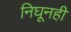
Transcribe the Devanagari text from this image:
निघूनही